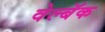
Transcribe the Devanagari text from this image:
वेल्बॅक